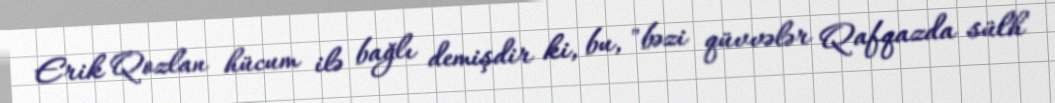
Erik Qozlan hücum ilə bağlı demişdir ki, bu, "bəzi qüvvələr Qafqazda sülh